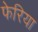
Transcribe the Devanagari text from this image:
फेरिया